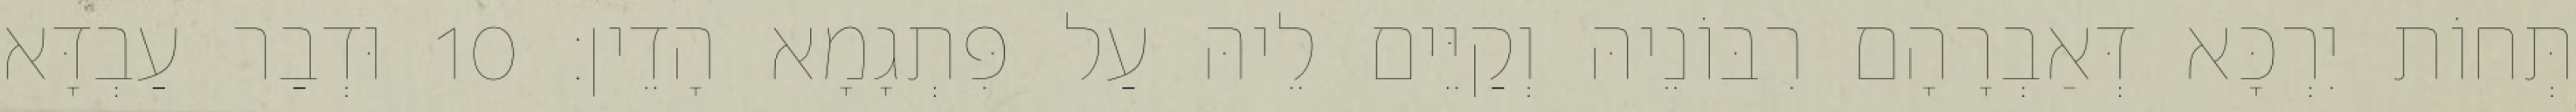
תְּחוֹת יִרְכָּא דְּאַבְרָהָם רִבּוֹנֵיהּ וְקַיֵּים לֵיהּ עַל פִּתְגָמָא הָדֵין׃ 10 וּדְבַר עַבְדָּא